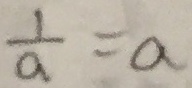
\frac { 1 } { a } = a